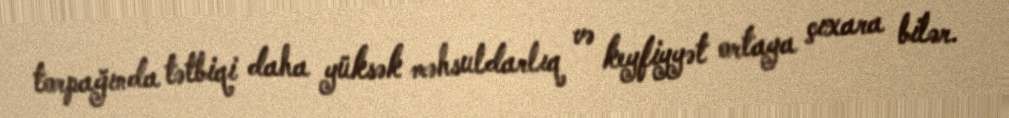
torpağında tətbiqi daha yüksək məhsuldarlıq və keyfiyyət ortaya çıxara bilər.